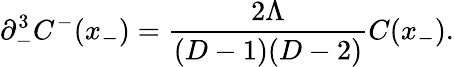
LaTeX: \partial_{-}^{3}C^{-}(x_{-})=\frac{2\Lambda}{(D-1)(D-2)}C(x_{-}).